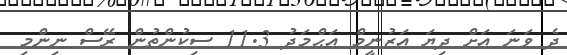
ދެ ވަނަ އަށް ދިޔަ އަޒުނީމް އަޙްމަދު 11.3 ސިކުންތުން ރޭސް ނިންމި